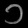
Digit: ၁